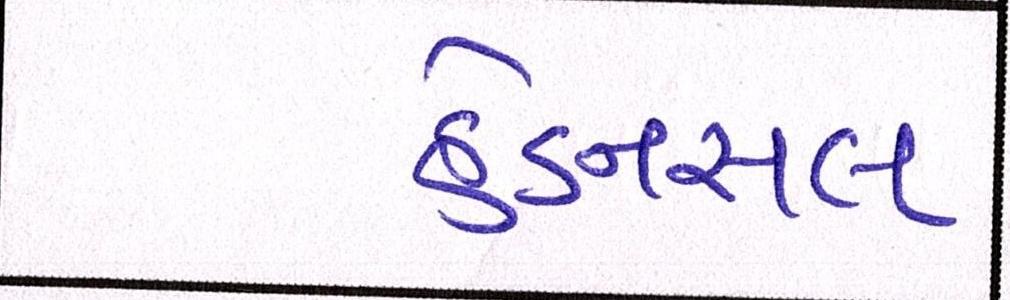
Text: હેડનસલ